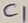
Text: C1